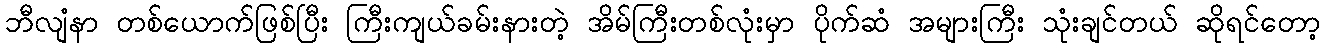
ဘီလျံနာ တစ်ယောက်ဖြစ်ပြီး ကြီးကျယ်ခမ်းနားတဲ့ အိမ်ကြီးတစ်လုံးမှာ ပိုက်ဆံ အများကြီး သုံးချင်တယ် ဆိုရင်တော့